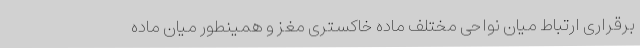
برقراری ارتباط میان نواحی مختلف ماده خاکستری مغز و همینطور میان ماده